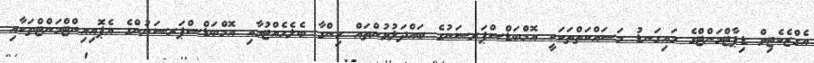
އެގްޒެކެޓިވް ޑިޕާޓްމަންޓްގެ މައިގަނޑު މަސައްކަތްތަކަކީ އޮމްބަޑްސްޕަރސަނުގެ ބައްދަލުވުންތައް ހިންގާ ބެލެހެއްޓުމާއި އޮމްބަޑްސްޕަރސަނުންގެ އެޕޮއިއިންޓްމަންޓްތަކާއި